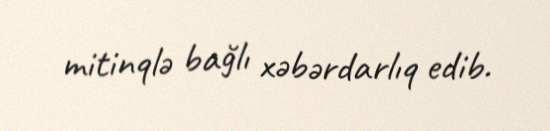
mitinqlə bağlı xəbərdarlıq edib.